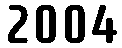
2004